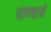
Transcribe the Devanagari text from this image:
पाण्चाये